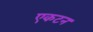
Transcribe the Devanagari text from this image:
एकटन